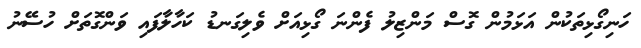
ހަނިގޯޅިތަކުން އަޅަމުން ގޮސް މަންޒިލު ފެންނަ ގޯޅިއަށް ވެލިގަނޑު ކަހާލާފައި ވަންގޮތަށް ހުސޭނު